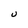
Character: U